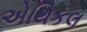
એથિકલ